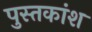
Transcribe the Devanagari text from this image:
पुस्तकांश